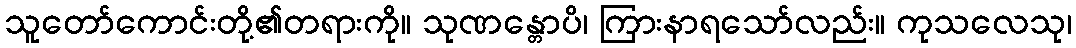
သူတော်ကောင်းတို့၏တရားကို။ သုဏန္တောပိ၊ ကြားနာရသော်လည်း။ ကုသလေသု၊